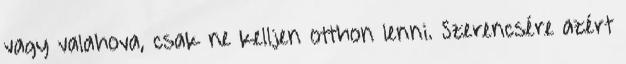
vagy valahova, csak ne kelljen otthon lenni. Szerencsére azért